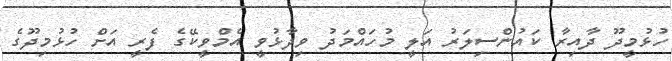
ހުޅުމީދޫ ދާއިރާ ކައުންސިލަރު އަލީ މުހައްމަދު ވިދާޅުވީ އެމްވީކޭގެ ފެރީ އަށް ހުޅުމިދޫގެ